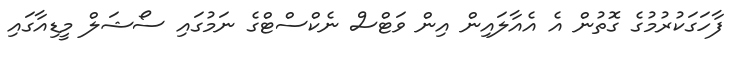
ފާހަގަކުރުމުގެ ގޮތުން އެ އެއާލައިން އިން ވަޓްސް ނެކްސްޓްގެ ނަމުގައި ސޯޝަލް މީޑިއާގައި